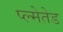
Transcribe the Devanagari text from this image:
प्ल्मेतेड